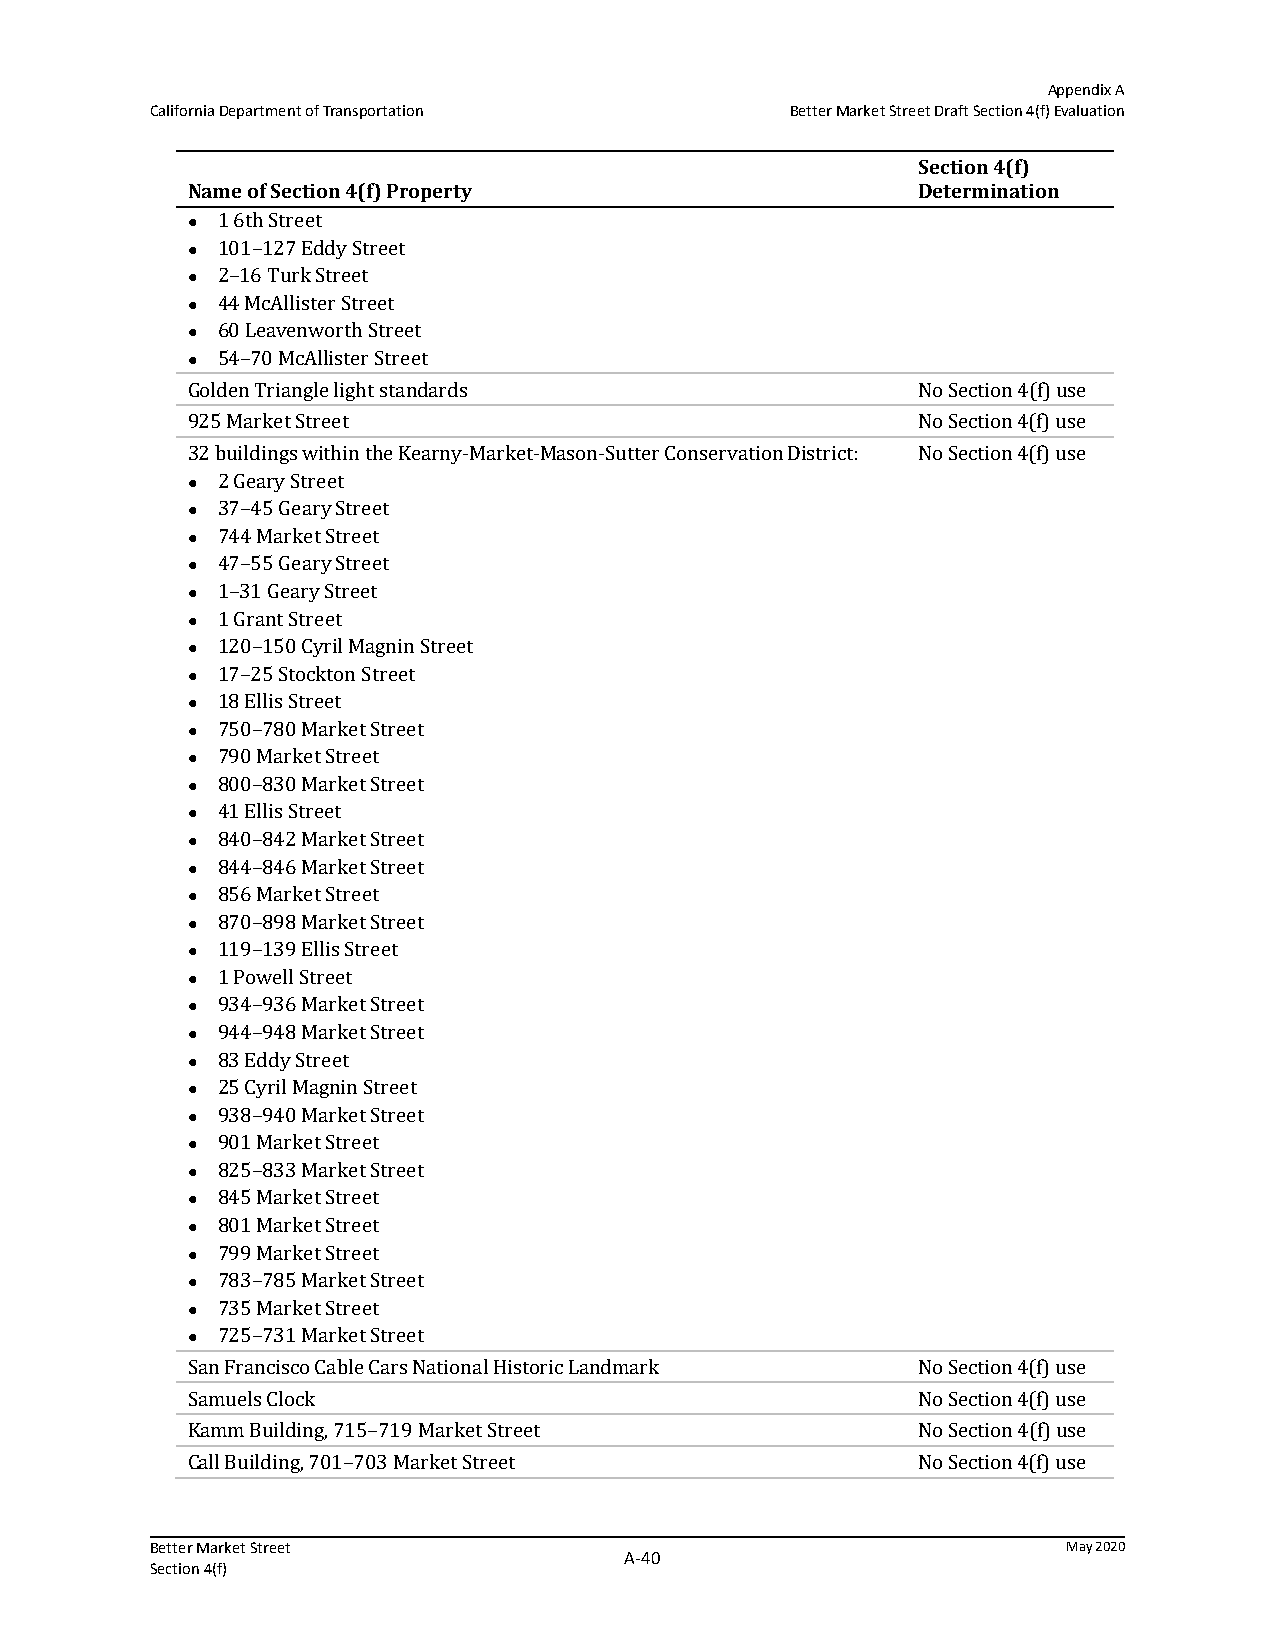
Appendix A
 California Department of Transportation   Better Market Street Draft Section 4(f) Evaluation
 Section 4(f)
 Name of Section 4(f) Property                    Determination
 1 6th Street
 
 101–127 Eddy Street
 
 2–16 Turk Street
 
 44 McAllister Street
 
 60 Leavenworth Street
 
 54–70 McAllister Street
 
 Golden Triangle light standards                  No Section 4(f) use
 925 Market Street                                No Section 4(f) use
 32 buildings within the Kearny-Market-Mason-Sutter Conservation District: No Section 4(f) use
 2 Geary Street
 
 37–45 Geary Street
 
 744 Market Street
 
 47–55 Geary Street
 
 1–31 Geary Street
 
 1 Grant Street
 
 120–150 Cyril Magnin Street
 
 17–25 Stockton Street
 
 18 Ellis Street
 
 750–780 Market Street
 
 790 Market Street
 
 800–830 Market Street
 
 41 Ellis Street
 
 840–842 Market Street
 
 844–846 Market Street
 
 856 Market Street
 
 870–898 Market Street
 
 119–139 Ellis Street
 
 1 Powell Street
 
 934–936 Market Street
 
 944–948 Market Street
 
 83 Eddy Street
 
 25 Cyril Magnin Street
 
 938–940 Market Street
 
 901 Market Street
 
 825–833 Market Street
 
 845 Market Street
 
 801 Market Street
 
 799 Market Street
 
 783–785 Market Street
 
 735 Market Street
 
 725–731 Market Street
 
 San Francisco Cable Cars National Historic Landmark No Section 4(f) use
 Samuels Clock                                    No Section 4(f) use
 Kamm Building, 715–719 Market Street             No Section 4(f) use
 Call Building, 701–703 Market Street             No Section 4(f) use
 Better Market Street                                         May 2020
 A‐40
 Section 4(f)